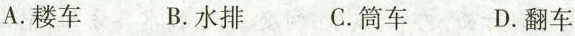
A.耧车 B.水排 C.筒车 D.翻车